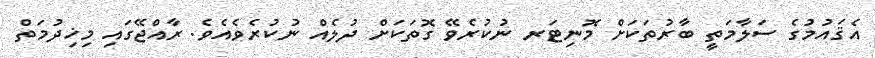
އެޤައުމުގެ ސަލާމަތީ ބާރުތަކަށް މޮނިޓަރ ނުކުރެވޭ ގޮތަކަށް ދުލެއް ނުކުރެވެއެވެ. ރާއްޖޭގައި މިޚިދުމަތް